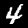
Label: 4